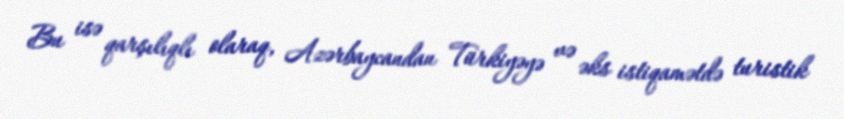
Bu isə qarşılıqlı olaraq, Azərbaycandan Türkiyəyə və əks istiqamətdə turistik